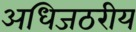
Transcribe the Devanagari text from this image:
अधिजठरीय